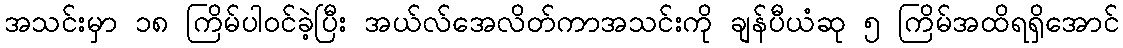
အသင်းမှာ ၁၈ ကြိမ်ပါဝင်ခဲ့ပြီး အယ်လ်အေလိတ်ကာအသင်းကို ချန်ပီယံဆု ၅ ကြိမ်အထိရရှိအောင်